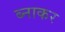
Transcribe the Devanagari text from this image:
ब्नाकर